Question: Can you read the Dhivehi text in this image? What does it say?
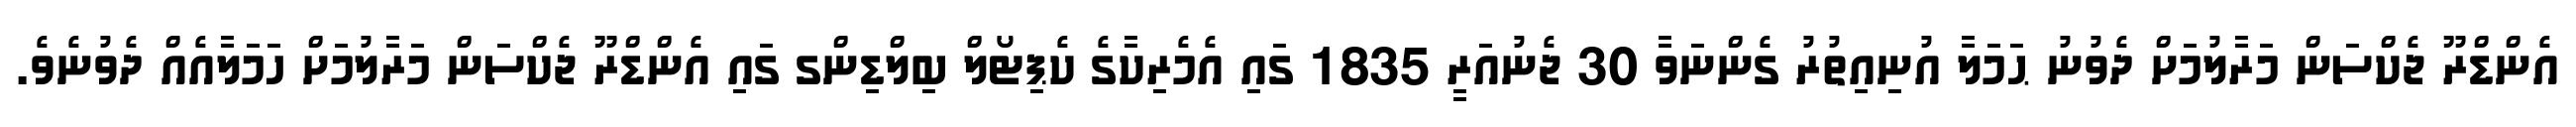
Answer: އެންޑްރޫ ޖެކްސަން މަރާލުމަށް ދެވުނު ޙަމަލާ އުނިއިތުރު ގެންނަވާ 30 ޖެނުއަރީ 1835 ގައި އެމެރިކާގެ ކެޕިޓޯލް ބިލްޑިންގ ގައި އެންޑްރޫ ޖެކްސަން މަރާލުމަށް ހަމަލާއެއް ދެވުނެވެ.